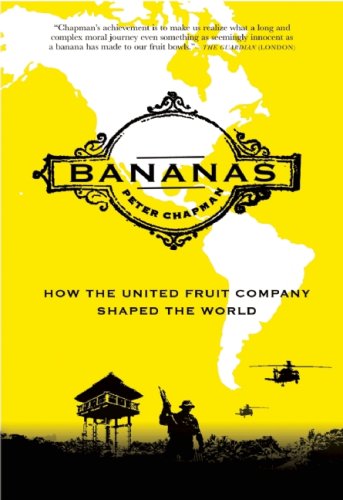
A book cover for Bananas: How the United Fruit Company Shaped the World; Peter Chapman; Science & Math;